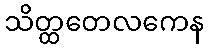
သိတ္ထတေလကေန